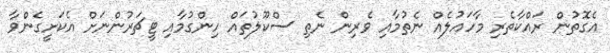
އެގޮތުން ރައްކާތެރި މާހައުލެއް ނެތުމާއި ވެރިން ނެތި ސްކޫލުތައް ހިންގުމާއި ޓީޗަރުންނަށް އެކަށީގެންވާ